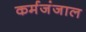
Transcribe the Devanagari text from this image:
कर्मजंजाल